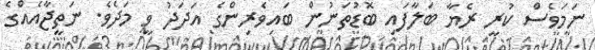
ނަމަވެސް ކުރީ ރެޔާ ބަލާފައި ބޮޑުތަނުން ބައިވެރިންގެ އަދަދު ވީ މަދެވެ. ނަތީޖާއެއްގެ